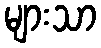
များသာ